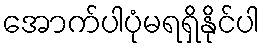
အောက်ပါပုံမရရှိနိုင်ပါ